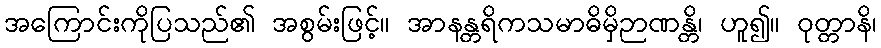
အကြောင်းကိုပြသည်၏ အစွမ်းဖြင့်။ အာနန္တရိကသမာဓိမှိဉာဏန္တိ၊ ဟူ၍။ ဝုတ္တာနိ၊